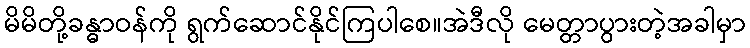
မိမိတို့ခန္ဓာဝန်ကို ရွက်ဆောင်နိုင်ကြပါစေ။အဲဒီလို မေတ္တာပွားတဲ့အခါမှာ